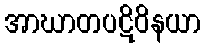
အာဃာတပဋိဝိနယာ